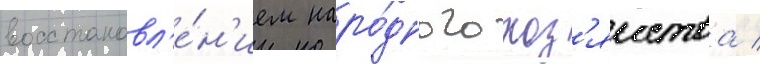
восстановл'е́н'ием наро́дного хоз'яиства /